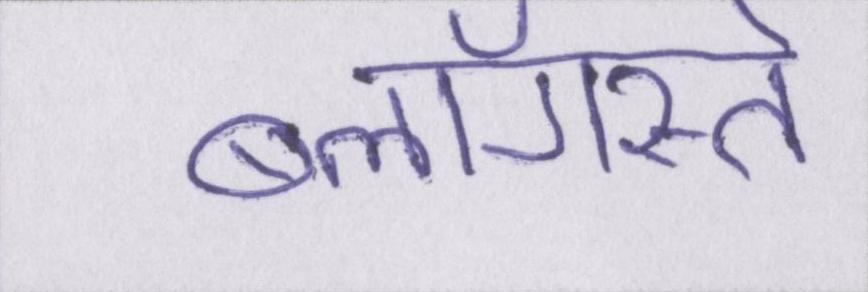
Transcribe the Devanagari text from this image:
ब्लॉगस्ते